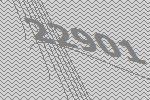
22901